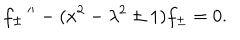
f _ { \pm } \, ^ { \prime \prime } - ( x ^ { 2 } - \lambda ^ { 2 } \pm 1 ) f _ { \pm } = 0 .